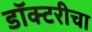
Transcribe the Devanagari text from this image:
डॉक्टरीचा